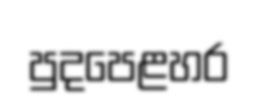
පුදපෙළහර